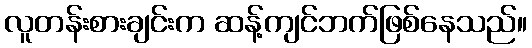
လူတန်းစားချင်းက ဆန့်ကျင်ဘက်ဖြစ်နေသည်။